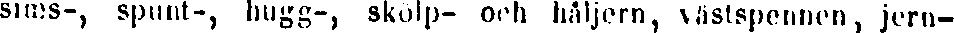
sims-, spunt-, hugg-, skölp- och håljern, västspennen, jern-